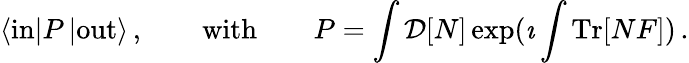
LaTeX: \langle\mathrm{in}|P\, |\mathrm{out}\rangle\, ,\qquad\mathrm{with}\qquad P=\int\mathcal{D}[N]\exp(\imath\int\mathrm{Tr}[NF])\, .